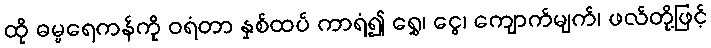
ထို ဓမ္မရေကန်ကို ဝရံတာ နှစ်ထပ် ကာရံ၍ ရွှေ၊ ငွေ၊ ကျောက်မျက်၊ ဖလ်တို့ဖြင့်